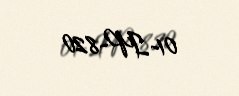
01-IP-820